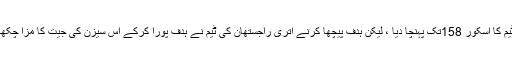
ٹیم کا اسکور 158تک پہنچا دیا ، لیکن ہدف پیچھا کرنے اتری راجستھان کی ٹیم نے ہدف پورا کرکے اس سیزن کی جیت کا مزا چکھا۔